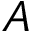
A